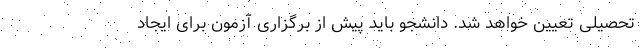
تحصیلی تعیین خواهد شد. دانشجو باید پیش از برگزاری آزمون برای ایجاد